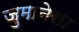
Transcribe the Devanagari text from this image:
जुमानेसा